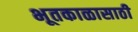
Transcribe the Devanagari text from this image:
भूतकाळासाठी